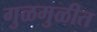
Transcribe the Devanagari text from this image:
गुळमुळीत